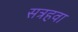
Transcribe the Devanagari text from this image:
सत्रहवा